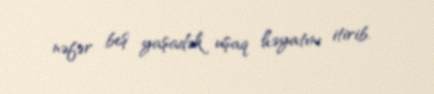
nəfər beş yaşadək uşaq həyatını itirib.